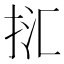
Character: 㧟